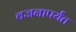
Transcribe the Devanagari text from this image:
वजनापर्यंत